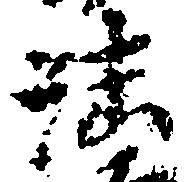
法